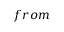
f r o m